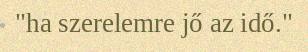
"ha szerelemre jő az idő."